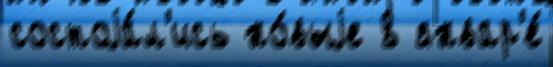
состоjа́л'ись но́выjе 8 январ'е́